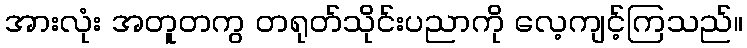
အားလုံး အတူတကွ တရုတ်သိုင်းပညာကို လေ့ကျင့်ကြသည်။